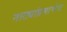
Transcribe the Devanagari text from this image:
नाट्यांप्रमाणेच